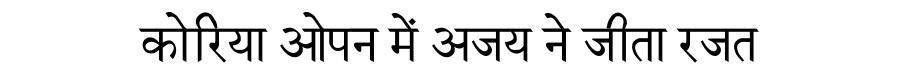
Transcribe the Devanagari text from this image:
कोरिया ओपन में अजय ने जीता रजत